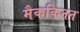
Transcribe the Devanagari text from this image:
मैककिनन